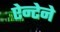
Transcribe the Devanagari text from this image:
ऐन्टेने